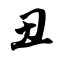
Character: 丑